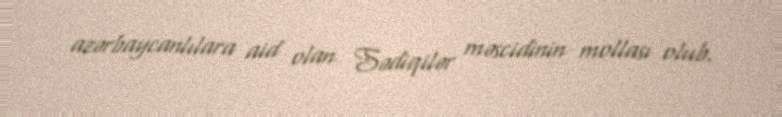
azərbaycanlılara aid olan Sədiqilər məscidinin mollası olub.